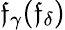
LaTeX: \mathfrak{f}_{\gamma}(\mathfrak{f}_{\delta})